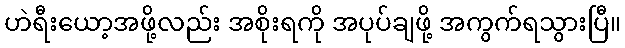
ဟဲရီးယော့အဖို့လည်း အစိုးရကို အပုပ်ချဖို့ အကွက်ရသွားပြီ။